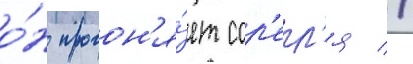
о́н прогон'я́ет сор'ел'я //